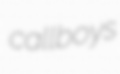
callboys